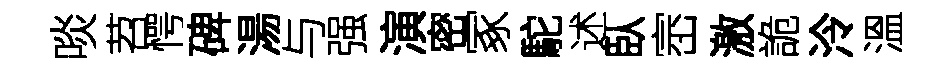
啖苕愕碑湯与强演密冢駝述臥崈激詭泠溫